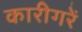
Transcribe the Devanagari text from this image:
कारीगरें